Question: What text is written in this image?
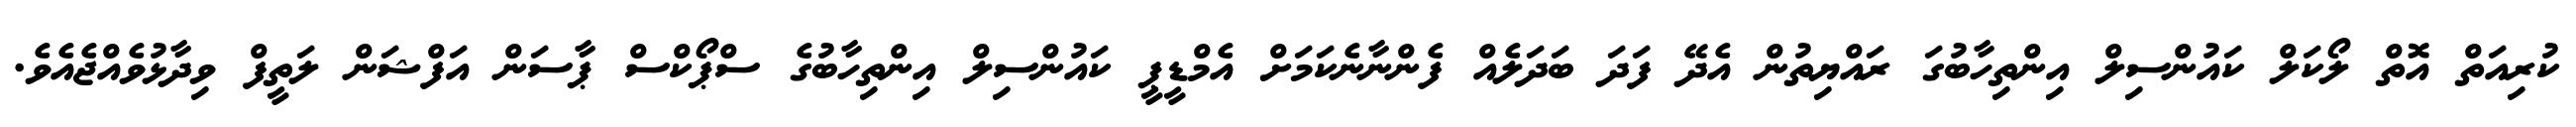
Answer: ކުރިއަތް އޮތް ލޯކަލް ކައުންސިލް އިންތިހާބުގަ ރައްޔިތުން އެދޭ ފަދަ ބަދަލެއް ފެންނާނެކަމަށް އެމްޑީޕީ ކައުންސިލް އިންތިހާބުގެ ސްޕޯކްސް ޕާސަން އަފްޝަން ލަތީފް ވިދާޅުވެއްޖެއެވެ.